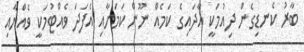
ބާރު ކެނޑިގެން ދިއުމަކީ އާދައިގެ ކަމެއް ނޫން ކަމަށާއި އެފަދަ ވެއްޓުމަކީ ވެއްޔާއި